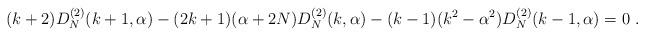
LaTeX: \begin{align*}(k+2)D^{(2)}_N(k+1,\alpha)-(2k+1)(\alpha+2N)D^{(2)}_N(k,\alpha)-(k-1)(k^{2}-\alpha^{2})D^{(2)}_N(k-1,\alpha)=0\ . \end{align*}